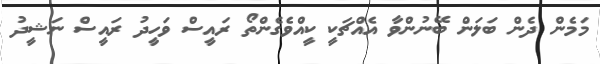
މަމެން ދެން ބަލަން ބޭނުންވާ އެއްޗަކީ ކީއްވެގެންތޯ ރައީސް ވަހީދު ރައީސް ނަޝީދު